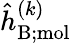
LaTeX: \hat{h}_{\mathrm{B;mol}}^{(k)}